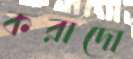
করাদো